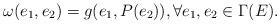
LaTeX: \begin{align*}\omega(e_1,e_2)=g(e_1,P(e_2)),\forall e_1,e_2\in\Gamma(E).\end{align*}